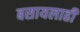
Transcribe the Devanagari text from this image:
बसायलाही